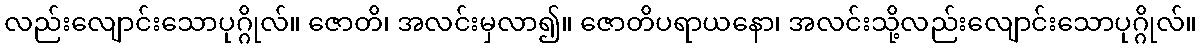
လည်းလျောင်းသောပုဂ္ဂိုလ်။ ဇောတိ၊ အလင်းမှလာ၍။ ဇောတိပရာယနော၊ အလင်းသို့လည်းလျောင်းသောပုဂ္ဂိုလ်။